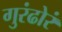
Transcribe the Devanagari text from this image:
गुरंढोरं